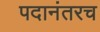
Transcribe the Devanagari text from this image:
पदानंतरच